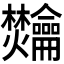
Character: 𫜴